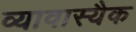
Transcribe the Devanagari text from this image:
व्यावास्यैक